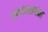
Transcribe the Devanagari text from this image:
अर्थशास्त्रापेक्षा